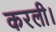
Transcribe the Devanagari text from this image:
करली।